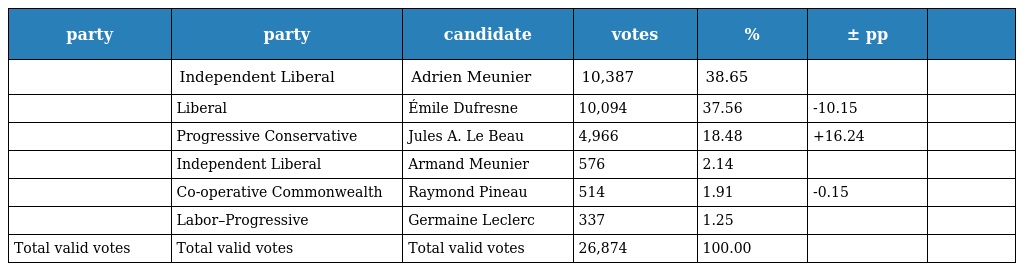
| party | party | candidate | votes | % | ± pp |  |
 | --- | --- | --- | --- | --- | --- | --- |
 |  | Independent Liberal | Adrien Meunier | 10,387 | 38.65 |  |  |
 |  | Liberal | Émile Dufresne | 10,094 | 37.56 | -10.15 |  |
 |  | Progressive Conservative | Jules A. Le Beau | 4,966 | 18.48 | +16.24 |  |
 |  | Independent Liberal | Armand Meunier | 576 | 2.14 |  |  |
 |  | Co-operative Commonwealth | Raymond Pineau | 514 | 1.91 | -0.15 |  |
 |  | Labor–Progressive | Germaine Leclerc | 337 | 1.25 |  |  |
 | Total valid votes | Total valid votes | Total valid votes | 26,874 | 100.00 |  |  |